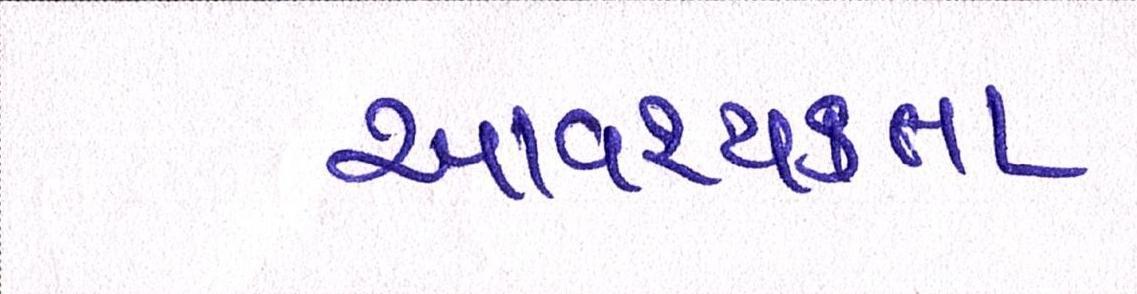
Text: આવશ્યકતા